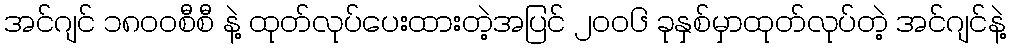
အင်ဂျင် ၁၈၀၀စီစီ နဲ့ ထုတ်လုပ်ပေးထားတဲ့အပြင် ၂၀၀၆ ခုနှစ်မှာထုတ်လုပ်တဲ့ အင်ဂျင်နဲ့